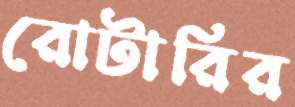
রোটারির